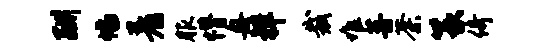
酬幅着服懵舟祥裁堆菩荼篆倚